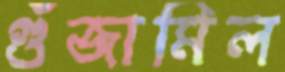
গুঁজামিল